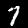
Digit: 7